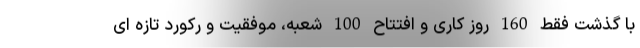
با گذشت فقط 160 روز کاری و افتتاح 100 شعبه، موفقیت و رکورد تازه ای